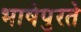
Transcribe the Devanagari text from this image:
भाषेपुरते